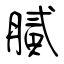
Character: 膩